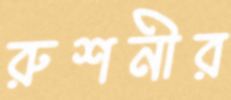
রুশনীর